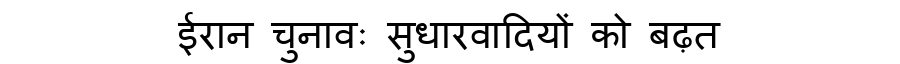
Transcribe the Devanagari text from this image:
ईरान चुनावः सुधारवादियों को बढ़त